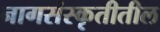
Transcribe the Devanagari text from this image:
नागसंस्कृतीतील